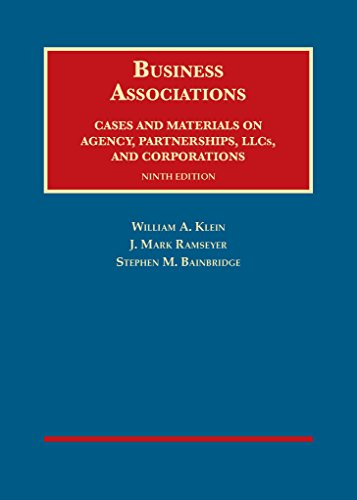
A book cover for Business Associations, Cases and Materials on Agency, Partnerships, and Corporations (University Casebook Series); William Klein; Law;